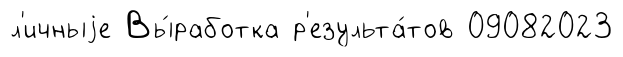
л'ичныjе Вы́работка р'езульта́тов 09082023